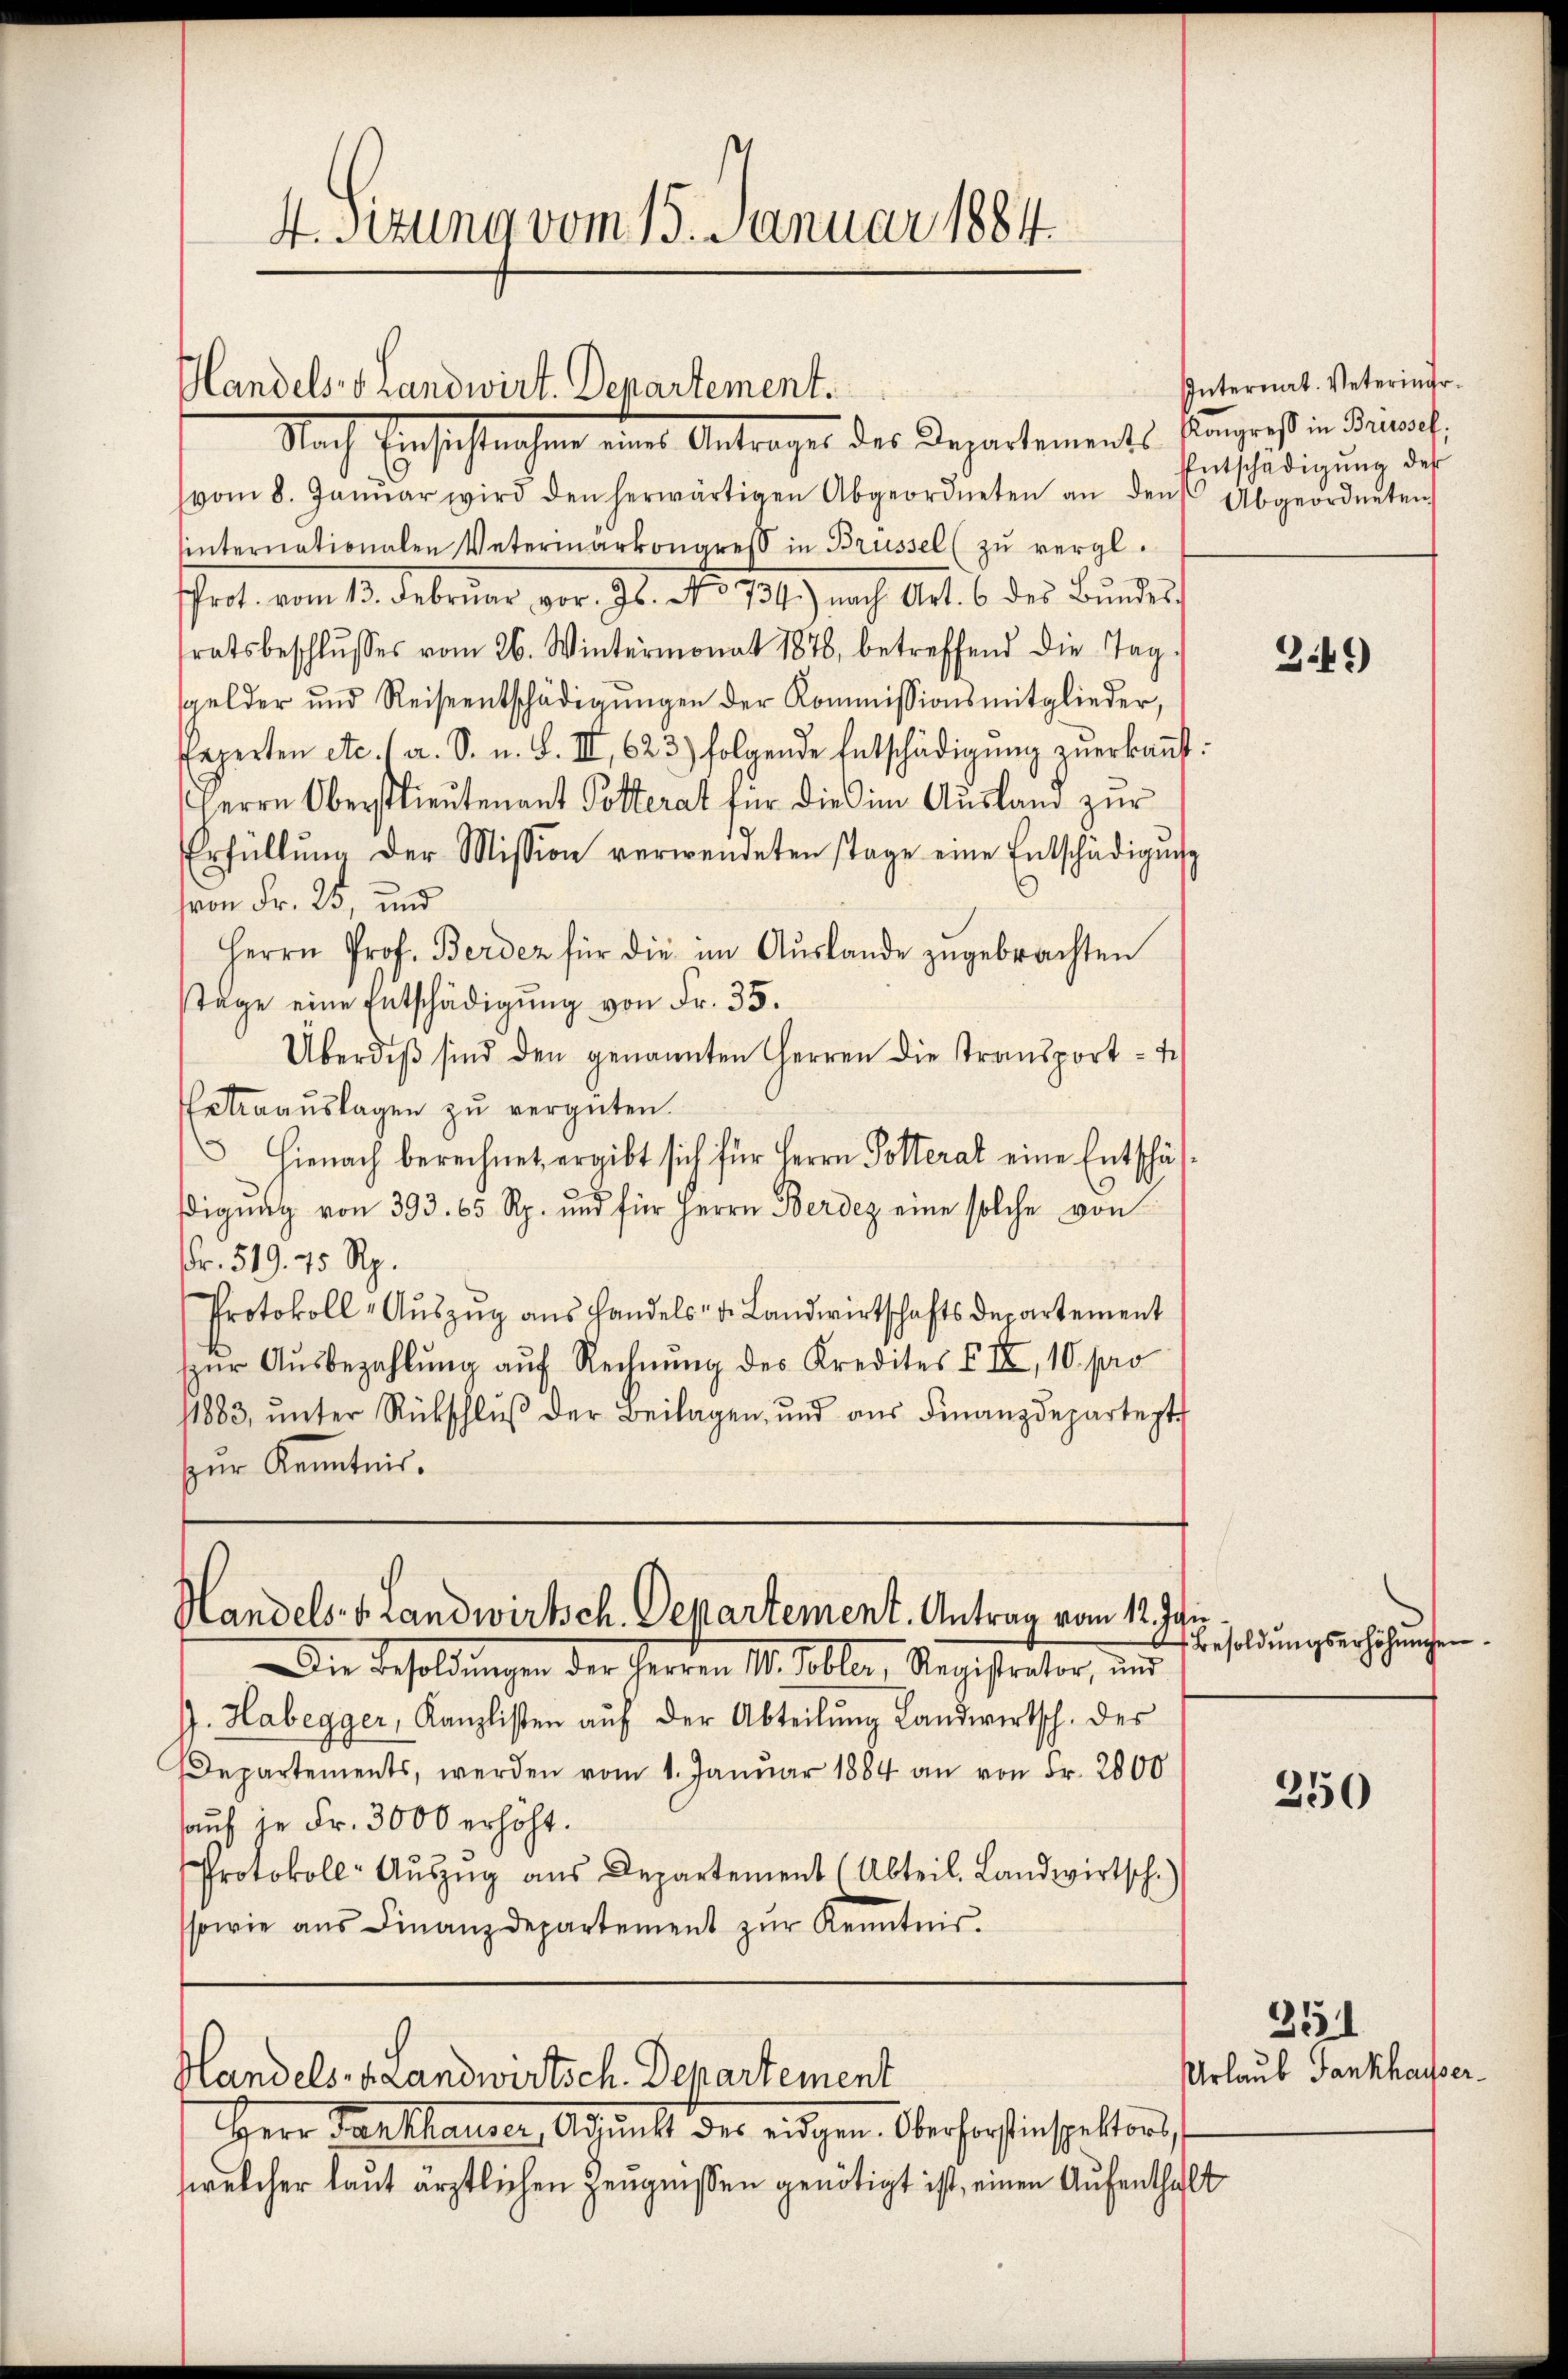
4.Sizung vom 15. Januar 1884.

Handels- Landwirt. Departement.

Nach Einsichtlichen eine Antrages des Departemente Eingrecht in darauf,
vom 8. Janŭar wird den herwärtigen Abgeordneten an den Abgeordneten
internationalen Veterinarkongreß in Brüssel (zu vergl.
Prot. vom 13. Februar vor. Jb. No 731.) nach Art. 6 des Bundes
stratsbeschlusses vom 26. Wintermonat 1878, betreffend die Tag.
sgelder und Reiseentschädigŭngen der Kommissionsmitglieder,
Experten etc. a. S. u. S. III, 623.) folgende Entschädigung zuerkannt:
Herrn Oberstlieutenant Potterat für die im Ausland zur
Erfüllŭng der Mission verwendeten stage eine Entschädigŭng
(von Fr. 25, und
Herrn Prof. Berdez für die im Auslande zugebrachten
tage eine Entschädigŭng von Fr. 35.
Überdiβ sind den genannten Herren die Transport- 4.)
Extraaŭslagen zŭ vergüten.
 Hienach berechnet, ergibt sich für Herrn Polteral eine Entschäf-
igung von 393. 65 Rp. und für Herrn Berdez eine solche von
Fr. 519. 45 Rp.
Protokoll - Auszug aus handels- u. Landwirtschaftsdepartement
pŭr Aŭsbezahlŭng aŭf Rechnŭng des Kredites VII, 10. pro
11883, ŭnter Rückschlŭβ der Beilagen, und aŭs Finanzdepartept
zŭr Kenntnis.

Handels- & Landwirtsch. Departement. Antrag vom 12. Jan

Die Besoldungen der Herren 11. Tobler, Ragistrator, um
J. Habegger, Kanzlisten aŭf der Abteilŭng Landwirtsch. des
Departements, werden vom 1. Januar 1884 an von Fr. 2000
auf je Fr. 3000 erhöht.
Protokoll-Aŭszŭg aŭs Departement (Abteil. Landwirtsch.)
sowie aŭs Finanzdepartement zŭr Kenntnis.

Handels- u. Landwirtsch. Departement

Herr Parthauser, Adjunkt des eidgen. Oberforstinspektors,
welcher laut ärztlichen Zeugnissen genötigt ist, einen Aufenthalt

Internat. Veteringe¬
Entschädigung des

Besoldŭngserhöhŭngen.

349)

250

Urlaub Fankhausser¬

351